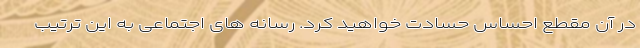
در آن مقطع احساس حسادت خواهید کرد. رسانه های اجتماعی به این ترتیب